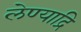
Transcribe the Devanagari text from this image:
लेण्याद्रि